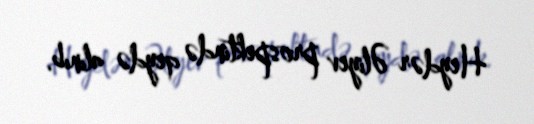
Heydər Əliyev prospektində qeydə alınıb.